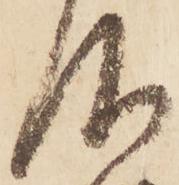
仰